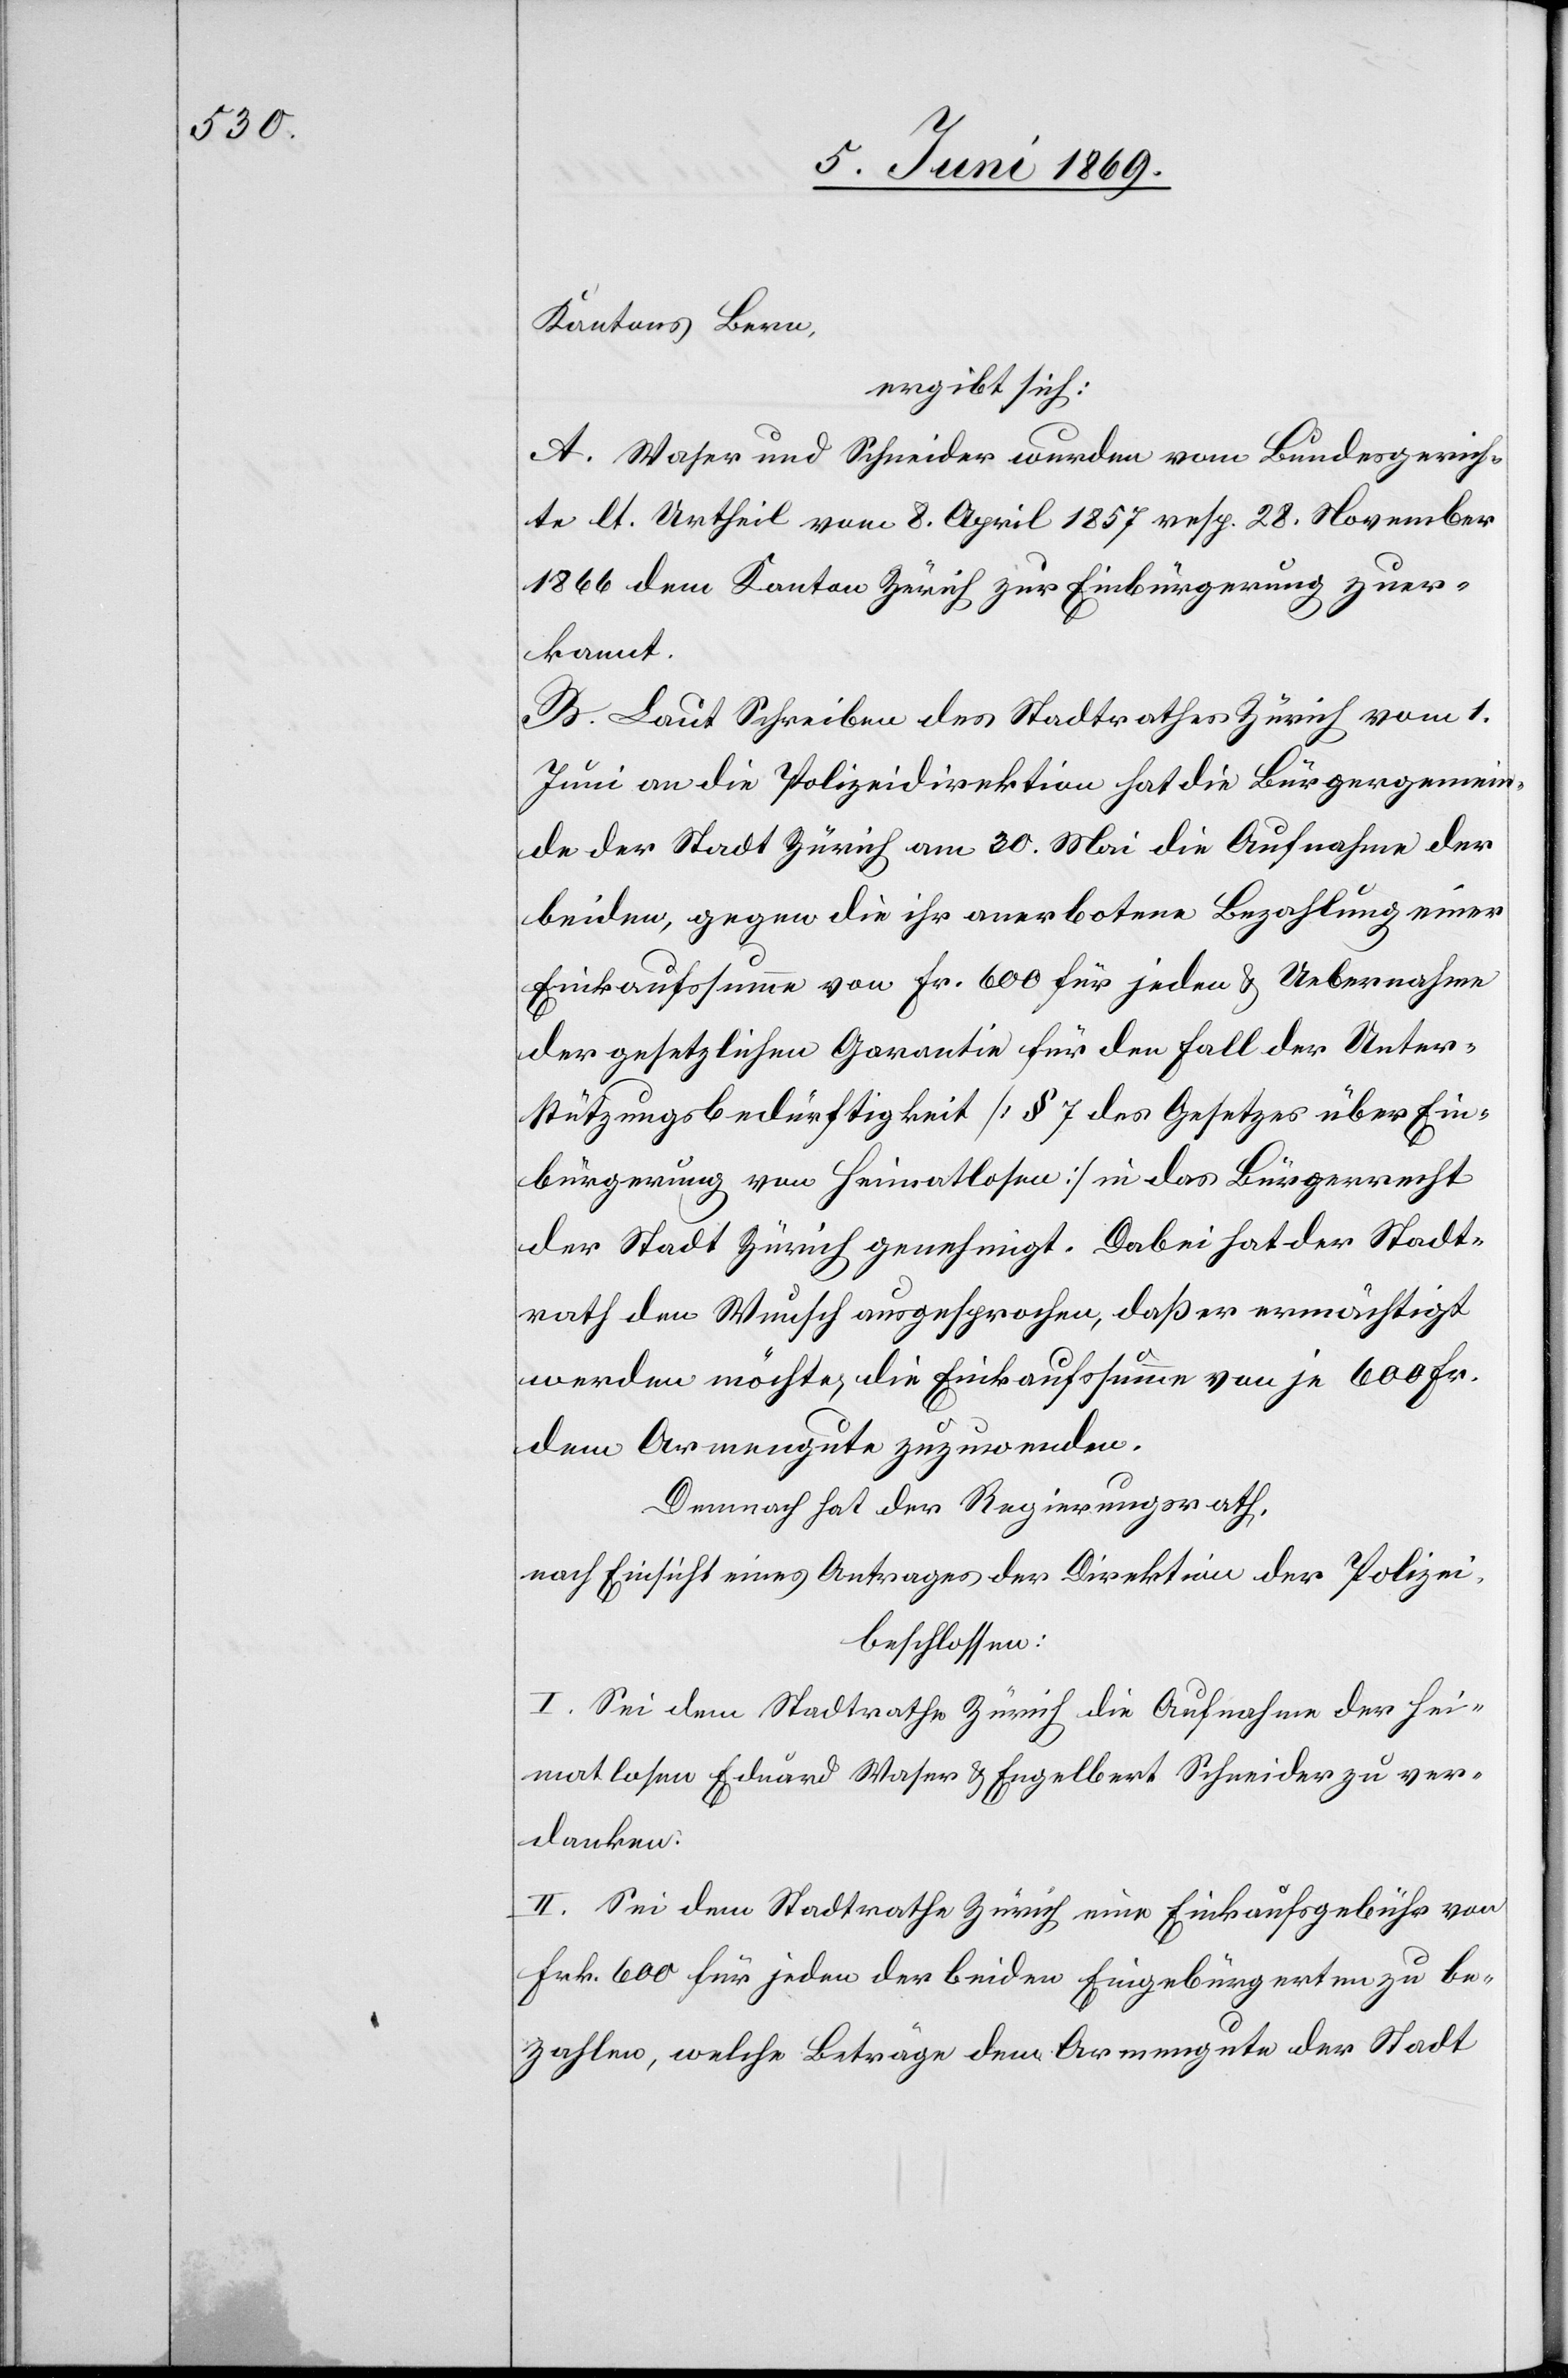
Kantons Bern,
ergibt sich:
A. Waser und Schneider wurden vom Bundesgerich¬
t lt. Urtheil vom 8 April 1857 resp. 28 November
1866 dem Kanton Zürich zur Einbürgerung zuer¬
kannt.
B. Laut Schreiben des Stadtrathes Zürich vom 1
Juni an die Polizeidirektion hat die Bürgergemein¬
de der Stadt Zürich am 30 Mai die Aufnahme der
beiden, gegen die ihr anerbotene Bezahlung einer
Einkaufssumme von Fr. 600 für jeden u. Uebernahme
der gesetzlichen Garantie für den Fall der Unter¬
stützungsbedürftigkeit [§ 7 des Gesetzes über Ein¬
bürgerung von Heimatlosen] in das Bürgerrecht
der Stadt Zürich genehmigt. Dabei hat der Stadt¬
rath den Wunsch ausgesprochen, daß er ermächtigt
werden möchte, die Einkaufssumme von je 600 Fr.
dem Armengute zuzuwenden.
Demnach hat der Regierungsrath,
nach Einsicht eines Antrages der Direktion der Polizei,
beschlossen:
I. Sei dem Stadtrathe Zürich die Aufnahme der Hei¬
matlosen Eduard Waser u. Engelbert Schneider zu ver¬
danken:
II. Sei dem Stadtrathe Zürich eine Einkaufsgebühr von
Frk. 600 für jeden der beiden Eingebürgerten zu be¬
zahlen, welche Beträge dem Armengute der Stadt